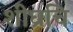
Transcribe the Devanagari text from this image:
शीघ्रचि